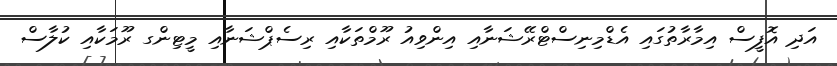
އަދި އޮފީސް އިމާރާތުގައި އެޑްމިނިސްޓްރޭޝަނާއި އިންވިއު ރޫމްތަކާއި ރިސެޕްޝަނާއި މީޓިންގ ރޫމަކާއި ކުލާސް